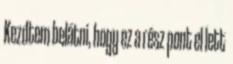
Kezdtem belátni, hogy ez a rész pont el lett